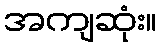
အကျဆုံး။